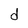
Character: d